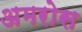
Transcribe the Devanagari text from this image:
अमरोस